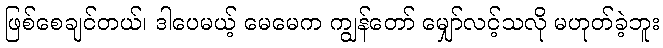
ဖြစ်စေချင်တယ်၊ ဒါပေမယ့် မေမေက ကျွန်တော် မျှော်လင့်သလို မဟုတ်ခဲ့ဘူး